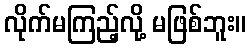
လိုက်မကြည့်လို့ မဖြစ်ဘူး။